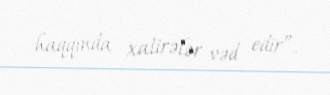
haqqında xatirələr vəd edir”.